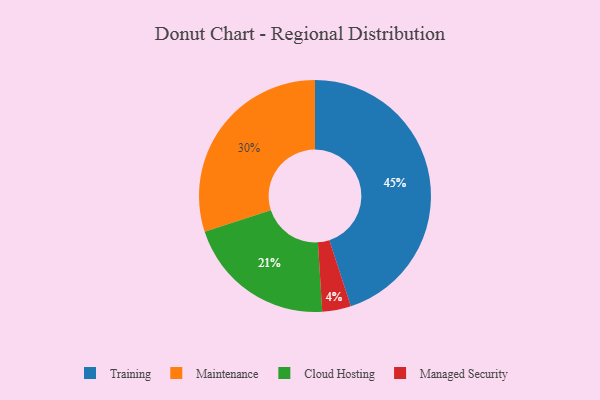
{"axis": {"x": "Category", "y": "Percentage"}, "legend": ["Cloud Hosting", "Maintenance", "Managed Security", "Training"], "data": [{"x": "Maintenance", "y": 30, "type": "Maintenance"}, {"x": "Training", "y": 45, "type": "Training"}, {"x": "Managed Security", "y": 4, "type": "Managed Security"}, {"x": "Cloud Hosting", "y": 21, "type": "Cloud Hosting"}]}